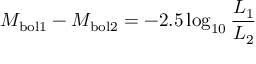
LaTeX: M _ { \mathrm { b o l 1 } } - M _ { \mathrm { b o l 2 } } = - 2 . 5 \log _ { 1 0 } { \frac { L _ { \mathrm { 1 } } } { L _ { \mathrm { 2 } } } }